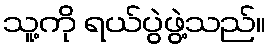
သူ့ကို ရယ်ပွဲဖွဲ့သည်။